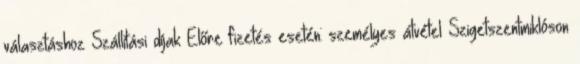
választáshoz Szállítási díjak Előre fizetés esetén: személyes átvétel Szigetszentmiklóson